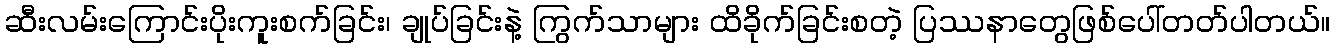
ဆီးလမ်းကြောင်းပိုးကူးစက်ခြင်း၊ ချုပ်ခြင်းနဲ့ ကြွက်သာများ ထိခိုက်ခြင်းစတဲ့ ပြဿနာတွေဖြစ်ပေါ်တတ်ပါတယ်။